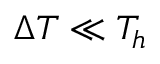
\Delta T \ll T _ { h }